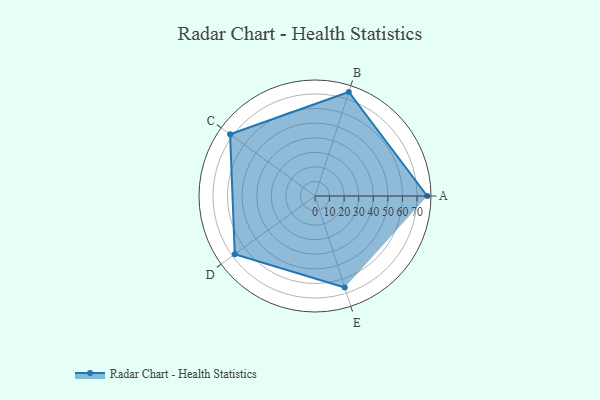
{"axis": {"x": "Skill", "y": "Score"}, "legend": ["Profile"], "data": [{"x": "A", "y": 77.0, "type": "Profile"}, {"x": "B", "y": 75.0, "type": "Profile"}, {"x": "C", "y": 72.0, "type": "Profile"}, {"x": "D", "y": 68.0, "type": "Profile"}, {"x": "E", "y": 66.0, "type": "Profile"}]}